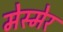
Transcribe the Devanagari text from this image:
मेस्मेर